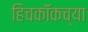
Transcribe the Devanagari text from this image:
हिचकॉकच्या